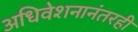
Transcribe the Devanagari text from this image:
अधिवेशनानंतरही